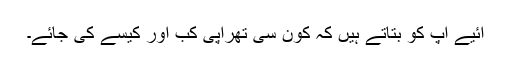
آئیے آپ کو بتاتے ہیں کہ کون سی تھراپی کب اور کیسے کی جائے۔